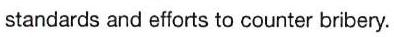
standards and efforts to counter bribery.